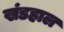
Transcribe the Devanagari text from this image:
खंडहाल